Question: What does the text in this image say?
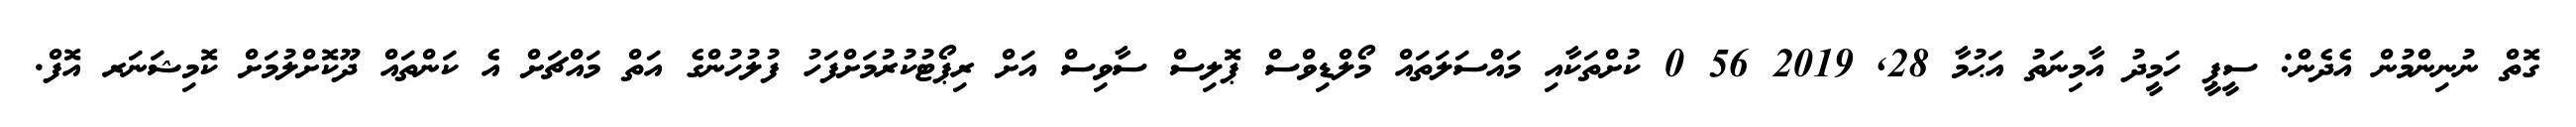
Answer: ގޮތް ނުނިންމުން އެދެން: ސީޕީ ހަމީދު އާމިނަތު އަޙުމާ 28, 2019 56 0 ކުށްތަކާއި މައްސަލަތައް މޯލްޑިވްސް ޕޮލިސް ސާވިސް އަށް ރިޕޯޓުކުރުމަށްފަހު ފުލުހުންގެ އަތް މައްޗަށް އެ ކަންތައް ދޫކޮށްލުމަށް ކޮމިޝަނަރ އޮފް.